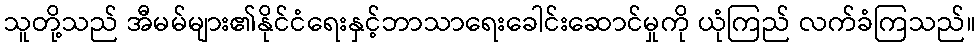
သူတို့သည် အီမမ်များ၏နိုင်ငံရေးနှင့်ဘာသာရေးခေါင်းဆောင်မှုကို ယုံကြည် လက်ခံကြသည်။